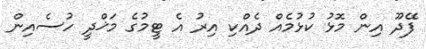
ފޭދޫ އިން މޮޅު ކުޅުމެއް ދެއްކި އިރު އެ ޓީމުގެ މަޚްދީ ހުސެއިން